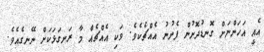
އެއީ އަހަންނަށް ގޮނޑުދޮށުން ފެނުނު އެއްޗެކެވެ. ވަކި އެއްޗެއް މާ ރަނގަޅަކަށް ނޭނގެއެވެ.